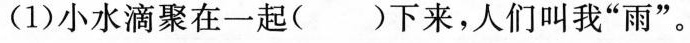
(1)小水滴聚在一起()下来，人们叫我”雨”